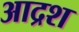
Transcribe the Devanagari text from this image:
आद्रश